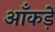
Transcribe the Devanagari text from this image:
आँकड़ें